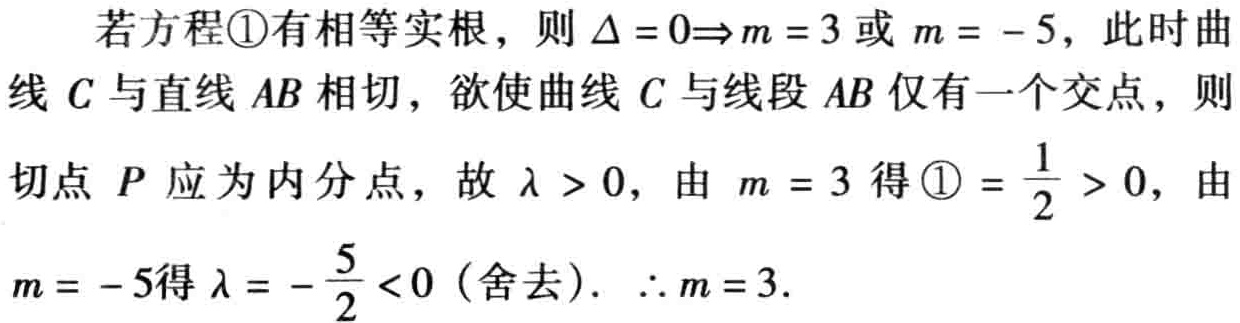
若方程\textcircled{1}有相等实根，则 \(\Delta = 0\Rightarrow m = 3\) 或 \(m = - 5\)，此时曲线 \(C\) 与直线 \(AB\) 相切，欲使曲线 \(C\) 与线段 \(AB\) 仅有一个交点，则切点 \(P\) 应为内分点，故 \(\lambda>0\)，由 \(m = 3\) 得\textcircled{1} \(=\frac{1}{2}>0\)，由 \(m = - 5\) 得 \(\lambda = -\frac{5}{2}<0\)（舍去）. \(\therefore m = 3\).